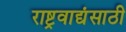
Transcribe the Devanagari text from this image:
राष्ट्रवाद्यंसाठी